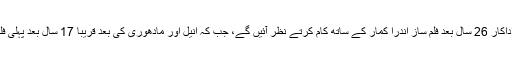
دونوں اداکار 26 سال بعد فلم ساز اندرا کمار کے ساتھ کام کرتے نظر آئیں گے، جب کہ انیل اور مادھوری کی بعد قریبا 17 سال بعد پہلی فلم ہوگی۔